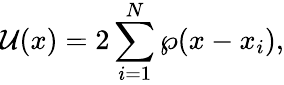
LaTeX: {\cal U}(x)=2\sum_{i=1}^{N}\wp(x-x_{i}),